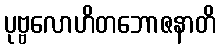
ပုဗ္ဗလောဟိတဘောဇနာတိ